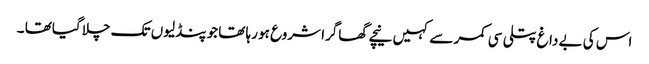
اس کی بے داغ پتلی سی کمر سے کہیں نیچے گھاگرا شروع ہو رہا تھا جو پنڈلیوں تک چلا گیاتھا ۔